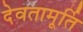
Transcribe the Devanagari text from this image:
देवतामूर्ति